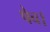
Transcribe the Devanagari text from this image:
पेच।